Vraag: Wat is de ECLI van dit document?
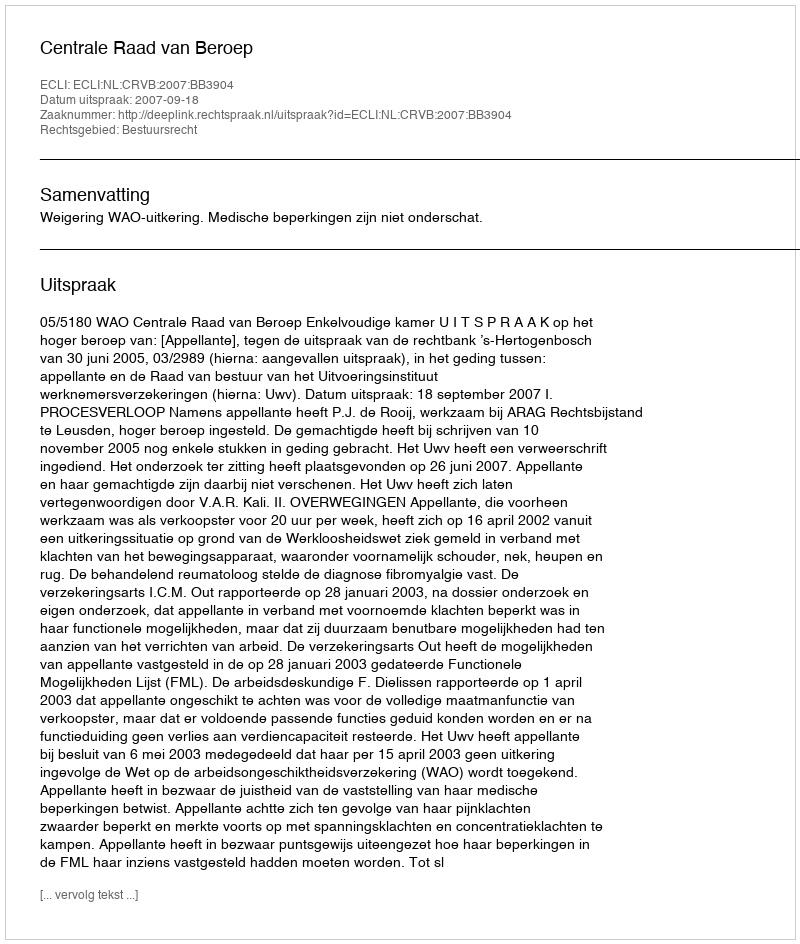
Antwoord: ECLI:NL:CRVB:2007:BB3904